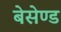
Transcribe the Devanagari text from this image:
बेसेण्ड